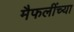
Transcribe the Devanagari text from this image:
मैफलींच्या